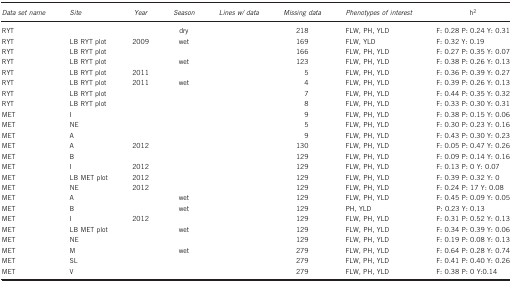
<table><thead><tr><td><b><i>Data set name</i></b></td><td><b><i>Site</i></b></td><td><b><i>Year</i></b></td><td><b><i>Season</i></b></td><td><b><i>Lines w/ data</i></b></td><td><b><i>Missing data</i></b></td><td><b><i>Phenotypes of interest</i></b></td><td><b>h<sup>2</sup></b></td></tr></thead><tbody><tr><td>RYT</td><td>[EMPTY_CELL]</td><td>[EMPTY_CELL]</td><td>dry</td><td>[EMPTY_CELL]</td><td>218</td><td>FLW, PH, YLD</td><td>F: 0.28 P: 0.24 Y: 0.31</td></tr><tr><td>RYT</td><td>LB RYT plot</td><td>2009</td><td>wet</td><td>[EMPTY_CELL]</td><td>169</td><td>FLW, YLD</td><td>F: 0.32 Y: 0.19</td></tr><tr><td>RYT</td><td>LB RYT plot</td><td>[EMPTY_CELL]</td><td>[EMPTY_CELL]</td><td>[EMPTY_CELL]</td><td>166</td><td>FLW, PH, YLD</td><td>F: 0.27 P: 0.35 Y: 0.07</td></tr><tr><td>RYT</td><td>LB RYT plot</td><td>[EMPTY_CELL]</td><td>wet</td><td>[EMPTY_CELL]</td><td>123</td><td>FLW, PH, YLD</td><td>F: 0.38 P: 0.26 Y: 0.13</td></tr><tr><td>RYT</td><td>LB RYT plot</td><td>2011</td><td>[EMPTY_CELL]</td><td>[EMPTY_CELL]</td><td>5</td><td>FLW, PH, YLD</td><td>F: 0.36 P: 0.39 Y: 0.27</td></tr><tr><td>RYT</td><td>LB RYT plot</td><td>2011</td><td>wet</td><td>[EMPTY_CELL]</td><td>4</td><td>FLW, PH, YLD</td><td>F: 0.39 P: 0.26 Y: 0.13</td></tr><tr><td>RYT</td><td>LB RYT plot</td><td>[EMPTY_CELL]</td><td>[EMPTY_CELL]</td><td>[EMPTY_CELL]</td><td>7</td><td>FLW, PH, YLD</td><td>F: 0.44 P: 0.35 Y: 0.32</td></tr><tr><td>RYT</td><td>LB RYT plot</td><td>[EMPTY_CELL]</td><td>[EMPTY_CELL]</td><td>[EMPTY_CELL]</td><td>8</td><td>FLW, PH, YLD</td><td>F: 0.33 P: 0.30 Y: 0.31</td></tr><tr><td>MET</td><td>I</td><td>[EMPTY_CELL]</td><td>[EMPTY_CELL]</td><td>[EMPTY_CELL]</td><td>9</td><td>FLW, PH, YLD</td><td>F: 0.38 P: 0.15 Y: 0.06</td></tr><tr><td>MET</td><td>NE</td><td>[EMPTY_CELL]</td><td>[EMPTY_CELL]</td><td>[EMPTY_CELL]</td><td>5</td><td>FLW, PH, YLD</td><td>F: 0.30 P: 0.23 Y: 0.16</td></tr><tr><td>MET</td><td>A</td><td>[EMPTY_CELL]</td><td>[EMPTY_CELL]</td><td>[EMPTY_CELL]</td><td>9</td><td>FLW, PH, YLD</td><td>F: 0.43 P: 0.30 Y: 0.23</td></tr><tr><td>MET</td><td>A</td><td>2012</td><td>[EMPTY_CELL]</td><td>[EMPTY_CELL]</td><td>130</td><td>FLW, PH, YLD</td><td>F: 0.05 P: 0.47 Y: 0.26</td></tr><tr><td>MET</td><td>B</td><td>[EMPTY_CELL]</td><td>[EMPTY_CELL]</td><td>[EMPTY_CELL]</td><td>129</td><td>FLW, PH, YLD</td><td>F: 0.09 P: 0.14 Y: 0.16</td></tr><tr><td>MET</td><td>I</td><td>2012</td><td>[EMPTY_CELL]</td><td>[EMPTY_CELL]</td><td>129</td><td>FLW, PH, YLD</td><td>F: 0.13 P: 0 Y: 0.07</td></tr><tr><td>MET</td><td>LB MET plot</td><td>2012</td><td>[EMPTY_CELL]</td><td>[EMPTY_CELL]</td><td>129</td><td>FLW, PH, YLD</td><td>F: 0.39 P: 0.32 Y: 0</td></tr><tr><td>MET</td><td>NE</td><td>2012</td><td>[EMPTY_CELL]</td><td>[EMPTY_CELL]</td><td>129</td><td>FLW, PH, YLD</td><td>F: 0.24 P: 17 Y: 0.08</td></tr><tr><td>MET</td><td>A</td><td>[EMPTY_CELL]</td><td>wet</td><td>[EMPTY_CELL]</td><td>129</td><td>FLW, PH, YLD</td><td>F: 0.45 P: 0.09 Y: 0.05</td></tr><tr><td>MET</td><td>B</td><td>[EMPTY_CELL]</td><td>wet</td><td>[EMPTY_CELL]</td><td>129</td><td>PH, YLD</td><td>P: 0.23 Y: 0.13</td></tr><tr><td>MET</td><td>I</td><td>2012</td><td>[EMPTY_CELL]</td><td>[EMPTY_CELL]</td><td>129</td><td>FLW, PH, YLD</td><td>F: 0.31 P: 0.52 Y: 0.13</td></tr><tr><td>MET</td><td>LB MET plot</td><td>[EMPTY_CELL]</td><td>wet</td><td>[EMPTY_CELL]</td><td>129</td><td>FLW, PH, YLD</td><td>F: 0.34 P: 0.39 Y: 0.06</td></tr><tr><td>MET</td><td>NE</td><td>[EMPTY_CELL]</td><td>[EMPTY_CELL]</td><td>[EMPTY_CELL]</td><td>129</td><td>FLW, PH, YLD</td><td>F: 0.19 P: 0.08 Y: 0.13</td></tr><tr><td>MET</td><td>M</td><td>[EMPTY_CELL]</td><td>wet</td><td>[EMPTY_CELL]</td><td>279</td><td>FLW, PH, YLD</td><td>F: 0.64 P: 0.28 Y: 0.74</td></tr><tr><td>MET</td><td>SL</td><td>[EMPTY_CELL]</td><td>[EMPTY_CELL]</td><td>[EMPTY_CELL]</td><td>279</td><td>FLW, PH, YLD</td><td>F: 0.41 P: 0.40 Y: 0.26</td></tr><tr><td>MET</td><td>V</td><td>[EMPTY_CELL]</td><td>[EMPTY_CELL]</td><td>[EMPTY_CELL]</td><td>279</td><td>FLW, PH, YLD</td><td>F: 0.38 P: 0 Y:0.14</td></tr></tbody></table>